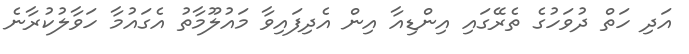
އަދި ހަތް ދުވަހުގެ ތެރޭގައި އިންޑިއާ އިން އެދިފައިވާ މައުލޫމާތު އެގައުމާ ހަވާލުކުރާނެ